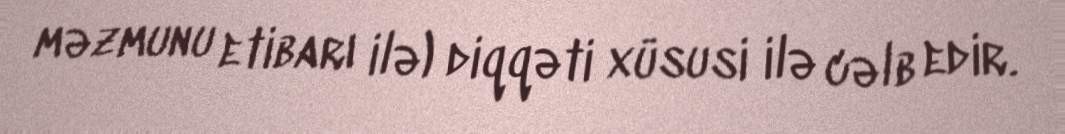
məzmunu etibarı ilə) diqqəti xüsusi ilə cəlb edir.